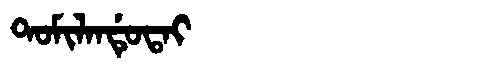
Manchu: ᡨᠣᠮᡳᠯᠠᠨᡩᡠᡨᠠᡳ
Romanization: TOMILANDUTAI